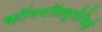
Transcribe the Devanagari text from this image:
कॉनवॉलवुलेसिई